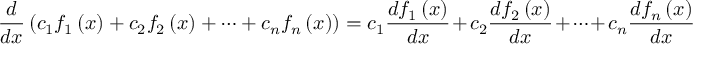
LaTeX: { \frac { d } { d x } } \left( { { c } _ { 1 } } { { f } _ { 1 } } \left( x \right) + { { c } _ { 2 } } { { f } _ { 2 } } \left( x \right) + \cdots + { { c } _ { n } } { { f } _ { n } } \left( x \right) \right) = { { c } _ { 1 } } { \frac { d { { f } _ { 1 } } \left( x \right) } { d x } } + { { c } _ { 2 } } { \frac { d { { f } _ { 2 } } \left( x \right) } { d x } } + \cdots + { { c } _ { n } } { \frac { d { { f } _ { n } } \left( x \right) } { d x } }